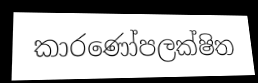
කාරණෝපලක්ෂිත